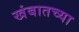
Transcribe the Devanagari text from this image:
खंबातच्या